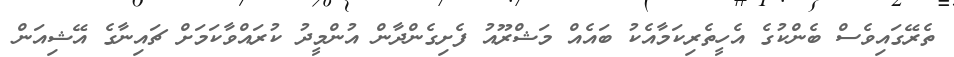
ތެރޭގައިވެސް ބެންކުގެ އެހީތެރިކަމާއެކު ބައެއް މަޝްރޫއު ފެށިގެންދާން އުންމީދު ކުރައްވާކަމަށް ޗައިނާގެ އޭޝިއަން